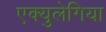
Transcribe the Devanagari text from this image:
एक्युलेगिया